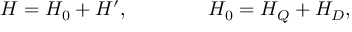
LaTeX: H = H _ { 0 } + H ^ { \prime } , \qquad \qquad H _ { 0 } = H _ { Q } + H _ { D } ,